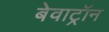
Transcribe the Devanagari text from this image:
बेवाट्रॉन